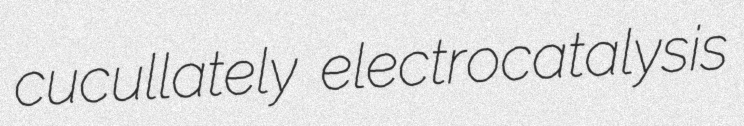
cucullately electrocatalysis